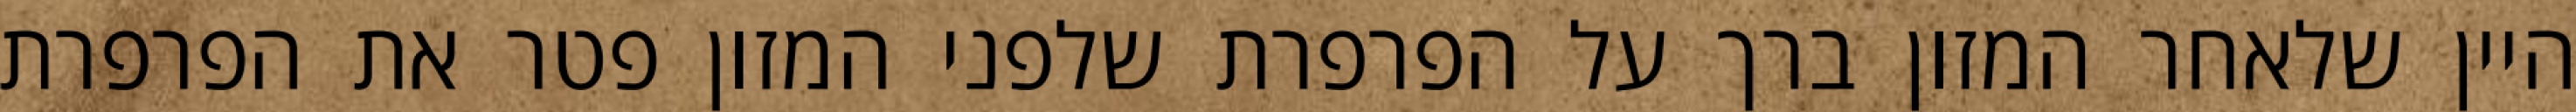
היין שלאחר המזון ברך על הפרפרת שלפני המזון פטר את הפרפרת